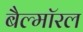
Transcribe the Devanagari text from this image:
बैल्मॉरल